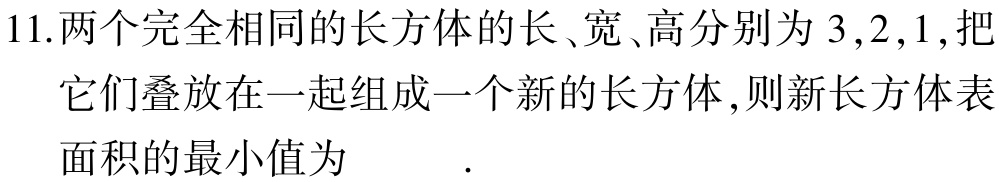
11.两个完全相同的长方体的长、宽、高分别为\(3,2,1\),把它们叠放在一起组成一个新的长方体,则新长方体表面积的最小值为  .